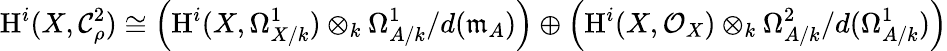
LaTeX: \mathrm{H}^{i}(X,\mathcal{C}_{\rho}^{2})\cong\left(\mathrm{H}^{i}(X,\Omega_{X/k}^{1})\otimes_{k}\Omega_{A/k}^{1}/d(\mathfrak{m}_{A})\right)\oplus\left(\mathrm{H}^{i}(X,\mathcal{O}_{X})\otimes_{k}\Omega_{A/k}^{2}/d(\Omega_{A/k}^{1})\right)